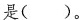
是( )。